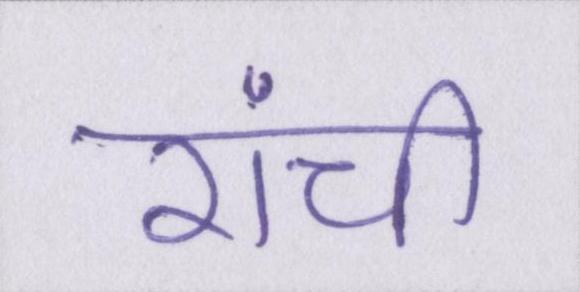
रांची